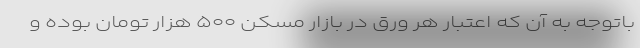
باتوجه به آن که اعتبار هر ورق در بازار مسکن ۵۰۰ هزار تومان بوده و